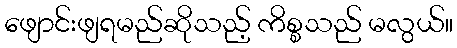
ဖျောင်းဖျရမည်ဆိုသည့် ကိစ္စသည် မလွယ်။